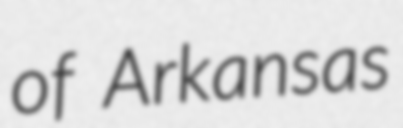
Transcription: of Arkansas